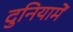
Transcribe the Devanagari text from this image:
दुनियामें